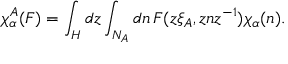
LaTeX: \chi _ { \alpha } ^ { A } ( F ) = \int _ { H } d z \int _ { N _ { A } } d n \, F ( z \xi _ { A } , z n z ^ { - 1 } ) \chi _ { \alpha } ( n ) .